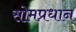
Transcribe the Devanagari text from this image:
सोमप्रधान